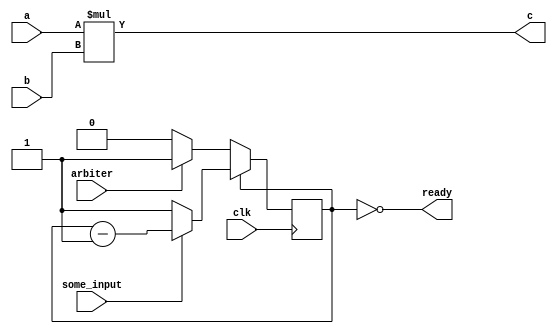
module multiplier (

    input clk,
    input [63:0] a,
    input [63:0] b,
    input arbiter,
    input some_input, 

    output [63:0] c,
    output ready
);

    reg compute_wait ;

    initial
    begin
        compute_wait = 3;
    end

    assign ready =  ~compute_wait;

    //CONTROL logic for the multiplier
    always @(posedge clk)
    begin
            if (compute_wait == 0)    
            begin
                if(arbiter) compute_wait <= 3;
            end
            else
            begin
              if(some_input)
                 compute_wait <= compute_wait -1;
              else
                 compute_wait <= 3;
            end
    end

    //DATA output
    assign c = a*b;

endmodule